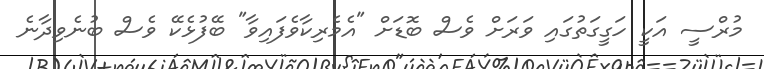
މުރްސީ އަކީ ހަގީގަތުގައި ވަރަށް ވެސް ބޮޑަށް "އެމެރިކާވެފައިވާ" ބޭފުޅެކޭ ވެސް ބުނެވިދާނެ